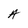
Character: A